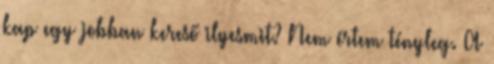
kap egy jobban kereső ilyesmit? Nem értem tényleg. A